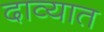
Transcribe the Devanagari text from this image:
दाव्यात